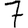
Digit: 7